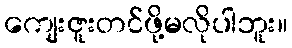
ကျေးဇူးတင်ဖို့မလိုပါဘူး။